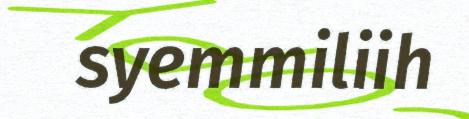
syemmiliih